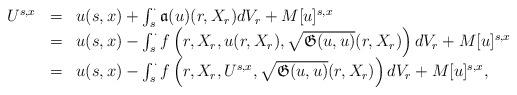
LaTeX: \begin{align*} \begin{array}{rcl}U^{s,x} &=& u(s,x) + \int_s^{\cdot} \mathfrak{a}(u)(r,X_r)dV_r + M[u]^{s,x} \\&=& u(s,x) - \int_s^{\cdot} f\left(r,X_r,u(r,X_r),\sqrt{\mathfrak{G}(u,u)}(r,X_r)\right)dV_r + M[u]^{s,x} \\&=&u(s,x) - \int_s^{\cdot} f\left(r,X_r,U^{s,x},\sqrt{\mathfrak{G}(u,u)}(r,X_r)\right)dV_r + M[u]^{s,x}, \end{array}\end{align*}